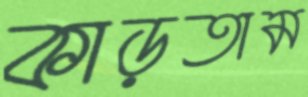
কাড়তাম